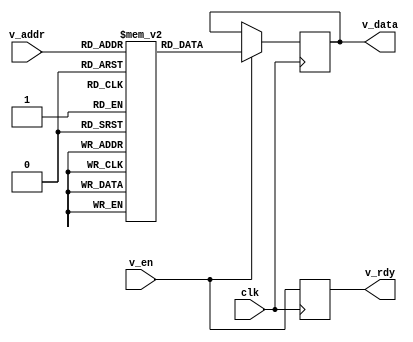
/*****************************************************************************
 Copyright (c) 2012 Simon William Moore <simon.moore@cl.cam.ac.uk>
 All rights reserved.

 This software was previously released by the author to students at
 the University of Cambridge and made freely available on the web.  It
 has been included for this project under the following license.
 
 This software was developed by SRI International and the University of
 Cambridge Computer Laboratory under DARPA/AFRL contract (FA8750-10-C-0237)
 ("CTSRD"), as part of the DARPA CRASH research programme.

 Redistribution and use in source and binary forms, with or without
 modification, are permitted provided that the following conditions
 are met:
 1. Redistributions of source code must retain the above copyright
    notice, this list of conditions and the following disclaimer.
 2. Redistributions in binary form must reproduce the above copyright
    notice, this list of conditions and the following disclaimer in the
    documentation and/or other materials provided with the distribution.

 THIS SOFTWARE IS PROVIDED BY THE AUTHOR AND CONTRIBUTORS ``AS IS'' AND
 ANY EXPRESS OR IMPLIED WARRANTIES, INCLUDING, BUT NOT LIMITED TO, THE
 IMPLIED WARRANTIES OF MERCHANTABILITY AND FITNESS FOR A PARTICULAR PURPOSE
 ARE DISCLAIMED.  IN NO EVENT SHALL THE AUTHOR OR CONTRIBUTORS BE LIABLE
 FOR ANY DIRECT, INDIRECT, INCIDENTAL, SPECIAL, EXEMPLARY, OR CONSEQUENTIAL
 DAMAGES (INCLUDING, BUT NOT LIMITED TO, PROCUREMENT OF SUBSTITUTE GOODS
 OR SERVICES; LOSS OF USE, DATA, OR PROFITS; OR BUSINESS INTERRUPTION)
 HOWEVER CAUSED AND ON ANY THEORY OF LIABILITY, WHETHER IN CONTRACT, STRICT
 LIABILITY, OR TORT (INCLUDING NEGLIGENCE OR OTHERWISE) ARISING IN ANY WAY
 OUT OF THE USE OF THIS SOFTWARE, EVEN IF ADVISED OF THE POSSIBILITY OF
 SUCH DAMAGE.

 *****************************************************************************

 Paramererised Verilog Altera ROM
 ================================
 
 Verilog stub for Altera's Quartus tools to provide a generic ROM interface 
 for AlteraROM.bsv

 *****************************************************************************/

module VerilogAlteraROM(clk, v_addr, v_data, v_en, v_rdy);

  parameter ADDRESS_WIDTH=11;
  parameter MEM_SIZE=(1<<ADDRESS_WIDTH);
  parameter DATA_WIDTH=8;
  parameter FILENAME="your_rom_data.mif";

  input                       clk;
  input [ADDRESS_WIDTH-1:0]   v_addr;
  output reg [DATA_WIDTH-1:0] v_data;
  input                       v_en;
  output reg                  v_rdy;

  (* ram_init_file = FILENAME *) reg [DATA_WIDTH-1:0]    rom [0:MEM_SIZE-1];
  
  always @(posedge clk) begin
    v_rdy <= v_en;
    if(v_en)
      v_data <= rom[v_addr];
  end

endmodule // Verilog_AlteraROM